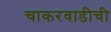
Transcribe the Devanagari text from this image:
चाकरवाडीची